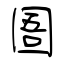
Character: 圄